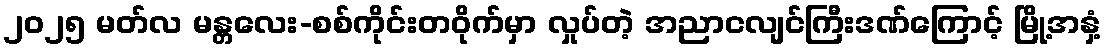
၂၀၂၅ မတ်လ မန္တလေး-စစ်ကိုင်းတဝိုက်မှာ လှုပ်တဲ့ အညာငလျင်ကြီးဒဏ်ကြောင့် မြို့အနှံ့